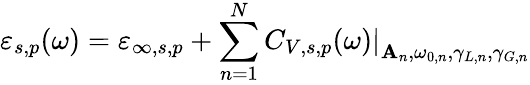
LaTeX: \varepsilon_{s,p}(\omega)=\varepsilon_{\infty,s,p}+\sum_{n=1}^{N}\left.C_{V,s,p}(\omega)\right\vert_{\mathbf{A}_{n},\omega_{0,n},\gamma_{L,n},\gamma_{G,n}}